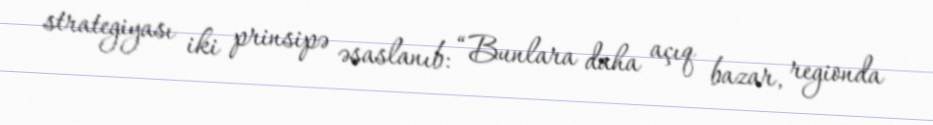
strategiyası iki prinsipə əsaslanıb: “Bunlara daha açıq bazar, regionda